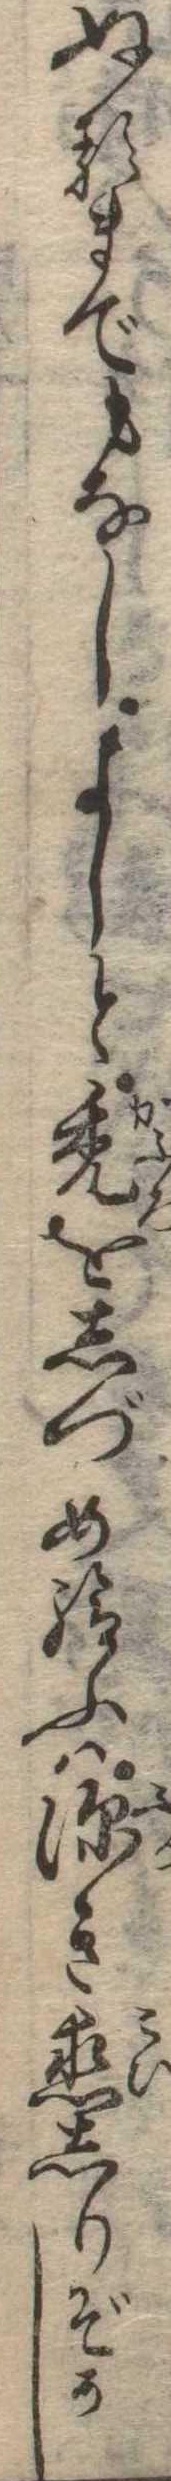
ぬるまでもなしよしと禿をしづめ給ふは深き恋しりぞかし